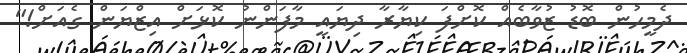
ދެމީހުން ބޮޑު ޒުވާބެއް ކޮށްފަ ކިޔާރާ ދިޔައީ މާފަންނު ކޮޅަށް އިޒްޔަން ގެއަށް!"